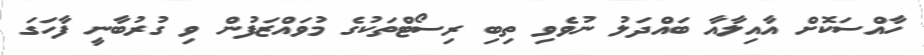
ހާއްސަކޮށް އާއިލާއާ ބައްދަލު ނުވެވި ތިބި ރިސޯޓްތަކުގެ މުވައްޒަފުން ވި ގުރުބާނީ ފާހަގަ